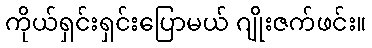
ကိုယ်ရှင်းရှင်းပြောမယ် ဂျိုးဇက်ဖင်း။